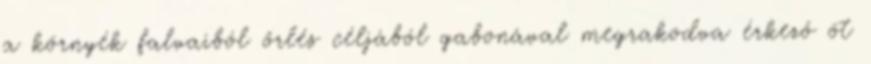
a környék falvaiból őrlés céljából gabonával megrakodva érkező öt